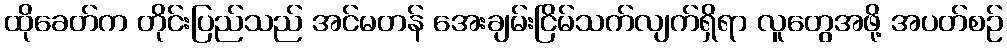
ထိုခေတ်က တိုင်းပြည်သည် အင်မတန် အေးချမ်းငြိမ်သက်လျက်ရှိရာ လူတွေအဖို့ အပတ်စဉ်